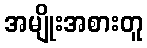
အမျိုးအစားတူ